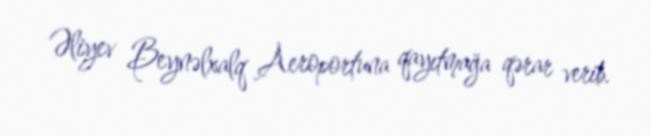
Əliyev Beynəlxalq Aeroportuna qayıtmağa qərar verib.